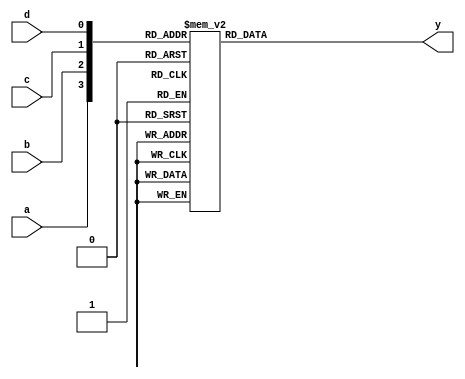
module ap_com_4_index_0(
	input wire a,
	input wire b,
	input wire c,
	input wire d,
	output reg y
);

always @(*) begin
	case({a, b, c, d})
		4'b0000: y = 0;
		4'b0001: y = 0;
		4'b0010: y = 0;
		4'b0011: y = 0;
		4'b0100: y = 1;
		4'b0101: y = 1;
		4'b0110: y = 1;
		4'b0111: y = 1;
		4'b1000: y = 1;
		4'b1001: y = 1;
		4'b1010: y = 1;
		4'b1011: y = 1;
		4'b1100: y = 1;
		4'b1101: y = 1;
		4'b1110: y = 1;
		4'b1111: y = 1;
		default:;
	endcase
end

endmodule


module ap_com_3_index_1(
	input wire a,
	input wire b,
	input wire c,
	output reg y
);

always @(*) begin
	case({a, b, c})
		3'b000: y = 0;
		3'b001: y = 1;
		3'b010: y = 0;
		3'b011: y = 1;
		3'b100: y = 0;
		3'b101: y = 1;
		3'b110: y = 0;
		3'b111: y = 1;
		default:;
	endcase
end

endmodule


module ap_com_2_index_2(
	input wire a,
	input wire b,
	output reg y
);

always @(*) begin
	case({a, b})
		2'b00: y = 0;
		2'b01: y = 1;
		2'b10: y = 0;
		2'b11: y = 1;
		default:;
	endcase
end

endmodule


module ap_com_4_index_3(
	input wire a,
	input wire b,
	input wire c,
	input wire d,
	output reg y
);

always @(*) begin
	case({a, b, c, d})
		4'b0000: y = 0;
		4'b0001: y = 1;
		4'b0010: y = 1;
		4'b0011: y = 1;
		4'b0100: y = 0;
		4'b0101: y = 1;
		4'b0110: y = 1;
		4'b0111: y = 1;
		4'b1000: y = 0;
		4'b1001: y = 0;
		4'b1010: y = 1;
		4'b1011: y = 1;
		4'b1100: y = 0;
		4'b1101: y = 1;
		4'b1110: y = 1;
		4'b1111: y = 1;
		default:;
	endcase
end

endmodule


module ap_com_3_index_4(
	input wire a,
	input wire b,
	input wire c,
	output reg y
);

always @(*) begin
	case({a, b, c})
		3'b000: y = 0;
		3'b001: y = 0;
		3'b010: y = 1;
		3'b011: y = 1;
		3'b100: y = 1;
		3'b101: y = 1;
		3'b110: y = 1;
		3'b111: y = 1;
		default:;
	endcase
end

endmodule


module ap_com_4_index_5(
	input wire a,
	input wire b,
	input wire c,
	input wire d,
	output reg y
);

always @(*) begin
	case({a, b, c, d})
		4'b0000: y = 1;
		4'b0001: y = 1;
		4'b0010: y = 1;
		4'b0011: y = 1;
		4'b0100: y = 1;
		4'b0101: y = 0;
		4'b0110: y = 1;
		4'b0111: y = 0;
		4'b1000: y = 1;
		4'b1001: y = 1;
		4'b1010: y = 1;
		4'b1011: y = 1;
		4'b1100: y = 1;
		4'b1101: y = 0;
		4'b1110: y = 1;
		4'b1111: y = 0;
		default:;
	endcase
end

endmodule


module ap_com_2_index_6(
	input wire a,
	input wire b,
	output reg y
);

always @(*) begin
	case({a, b})
		2'b00: y = 0;
		2'b01: y = 0;
		2'b10: y = 0;
		2'b11: y = 0;
		default:;
	endcase
end

endmodule


module ap_com_4_index_7(
	input wire a,
	input wire b,
	input wire c,
	input wire d,
	output reg y
);

always @(*) begin
	case({a, b, c, d})
		4'b0000: y = 1;
		4'b0001: y = 1;
		4'b0010: y = 1;
		4'b0011: y = 1;
		4'b0100: y = 1;
		4'b0101: y = 1;
		4'b0110: y = 0;
		4'b0111: y = 0;
		4'b1000: y = 0;
		4'b1001: y = 0;
		4'b1010: y = 1;
		4'b1011: y = 1;
		4'b1100: y = 0;
		4'b1101: y = 0;
		4'b1110: y = 0;
		4'b1111: y = 0;
		default:;
	endcase
end

endmodule


module ap_com_4_index_8(
	input wire a,
	input wire b,
	input wire c,
	input wire d,
	output reg y
);

always @(*) begin
	case({a, b, c, d})
		4'b0000: y = 0;
		4'b0001: y = 1;
		4'b0010: y = 1;
		4'b0011: y = 1;
		4'b0100: y = 0;
		4'b0101: y = 1;
		4'b0110: y = 1;
		4'b0111: y = 1;
		4'b1000: y = 1;
		4'b1001: y = 1;
		4'b1010: y = 1;
		4'b1011: y = 1;
		4'b1100: y = 1;
		4'b1101: y = 1;
		4'b1110: y = 1;
		4'b1111: y = 1;
		default:;
	endcase
end

endmodule


module ap_com_3_index_9(
	input wire a,
	input wire b,
	input wire c,
	output reg y
);

always @(*) begin
	case({a, b, c})
		3'b000: y = 0;
		3'b001: y = 0;
		3'b010: y = 0;
		3'b011: y = 0;
		3'b100: y = 0;
		3'b101: y = 0;
		3'b110: y = 0;
		3'b111: y = 0;
		default:;
	endcase
end

endmodule


module ap_com_2_index_10(
	input wire a,
	input wire b,
	output reg y
);

always @(*) begin
	case({a, b})
		2'b00: y = 0;
		2'b01: y = 0;
		2'b10: y = 0;
		2'b11: y = 0;
		default:;
	endcase
end

endmodule


module ap_com_2_index_11(
	input wire a,
	input wire b,
	output reg y
);

always @(*) begin
	case({a, b})
		2'b00: y = 0;
		2'b01: y = 0;
		2'b10: y = 1;
		2'b11: y = 1;
		default:;
	endcase
end

endmodule


module ap_com_2_index_12(
	input wire a,
	input wire b,
	output reg y
);

always @(*) begin
	case({a, b})
		2'b00: y = 0;
		2'b01: y = 0;
		2'b10: y = 0;
		2'b11: y = 0;
		default:;
	endcase
end

endmodule


module ap_com_2_index_13(
	input wire a,
	input wire b,
	output reg y
);

always @(*) begin
	case({a, b})
		2'b00: y = 1;
		2'b01: y = 1;
		2'b10: y = 1;
		2'b11: y = 1;
		default:;
	endcase
end

endmodule